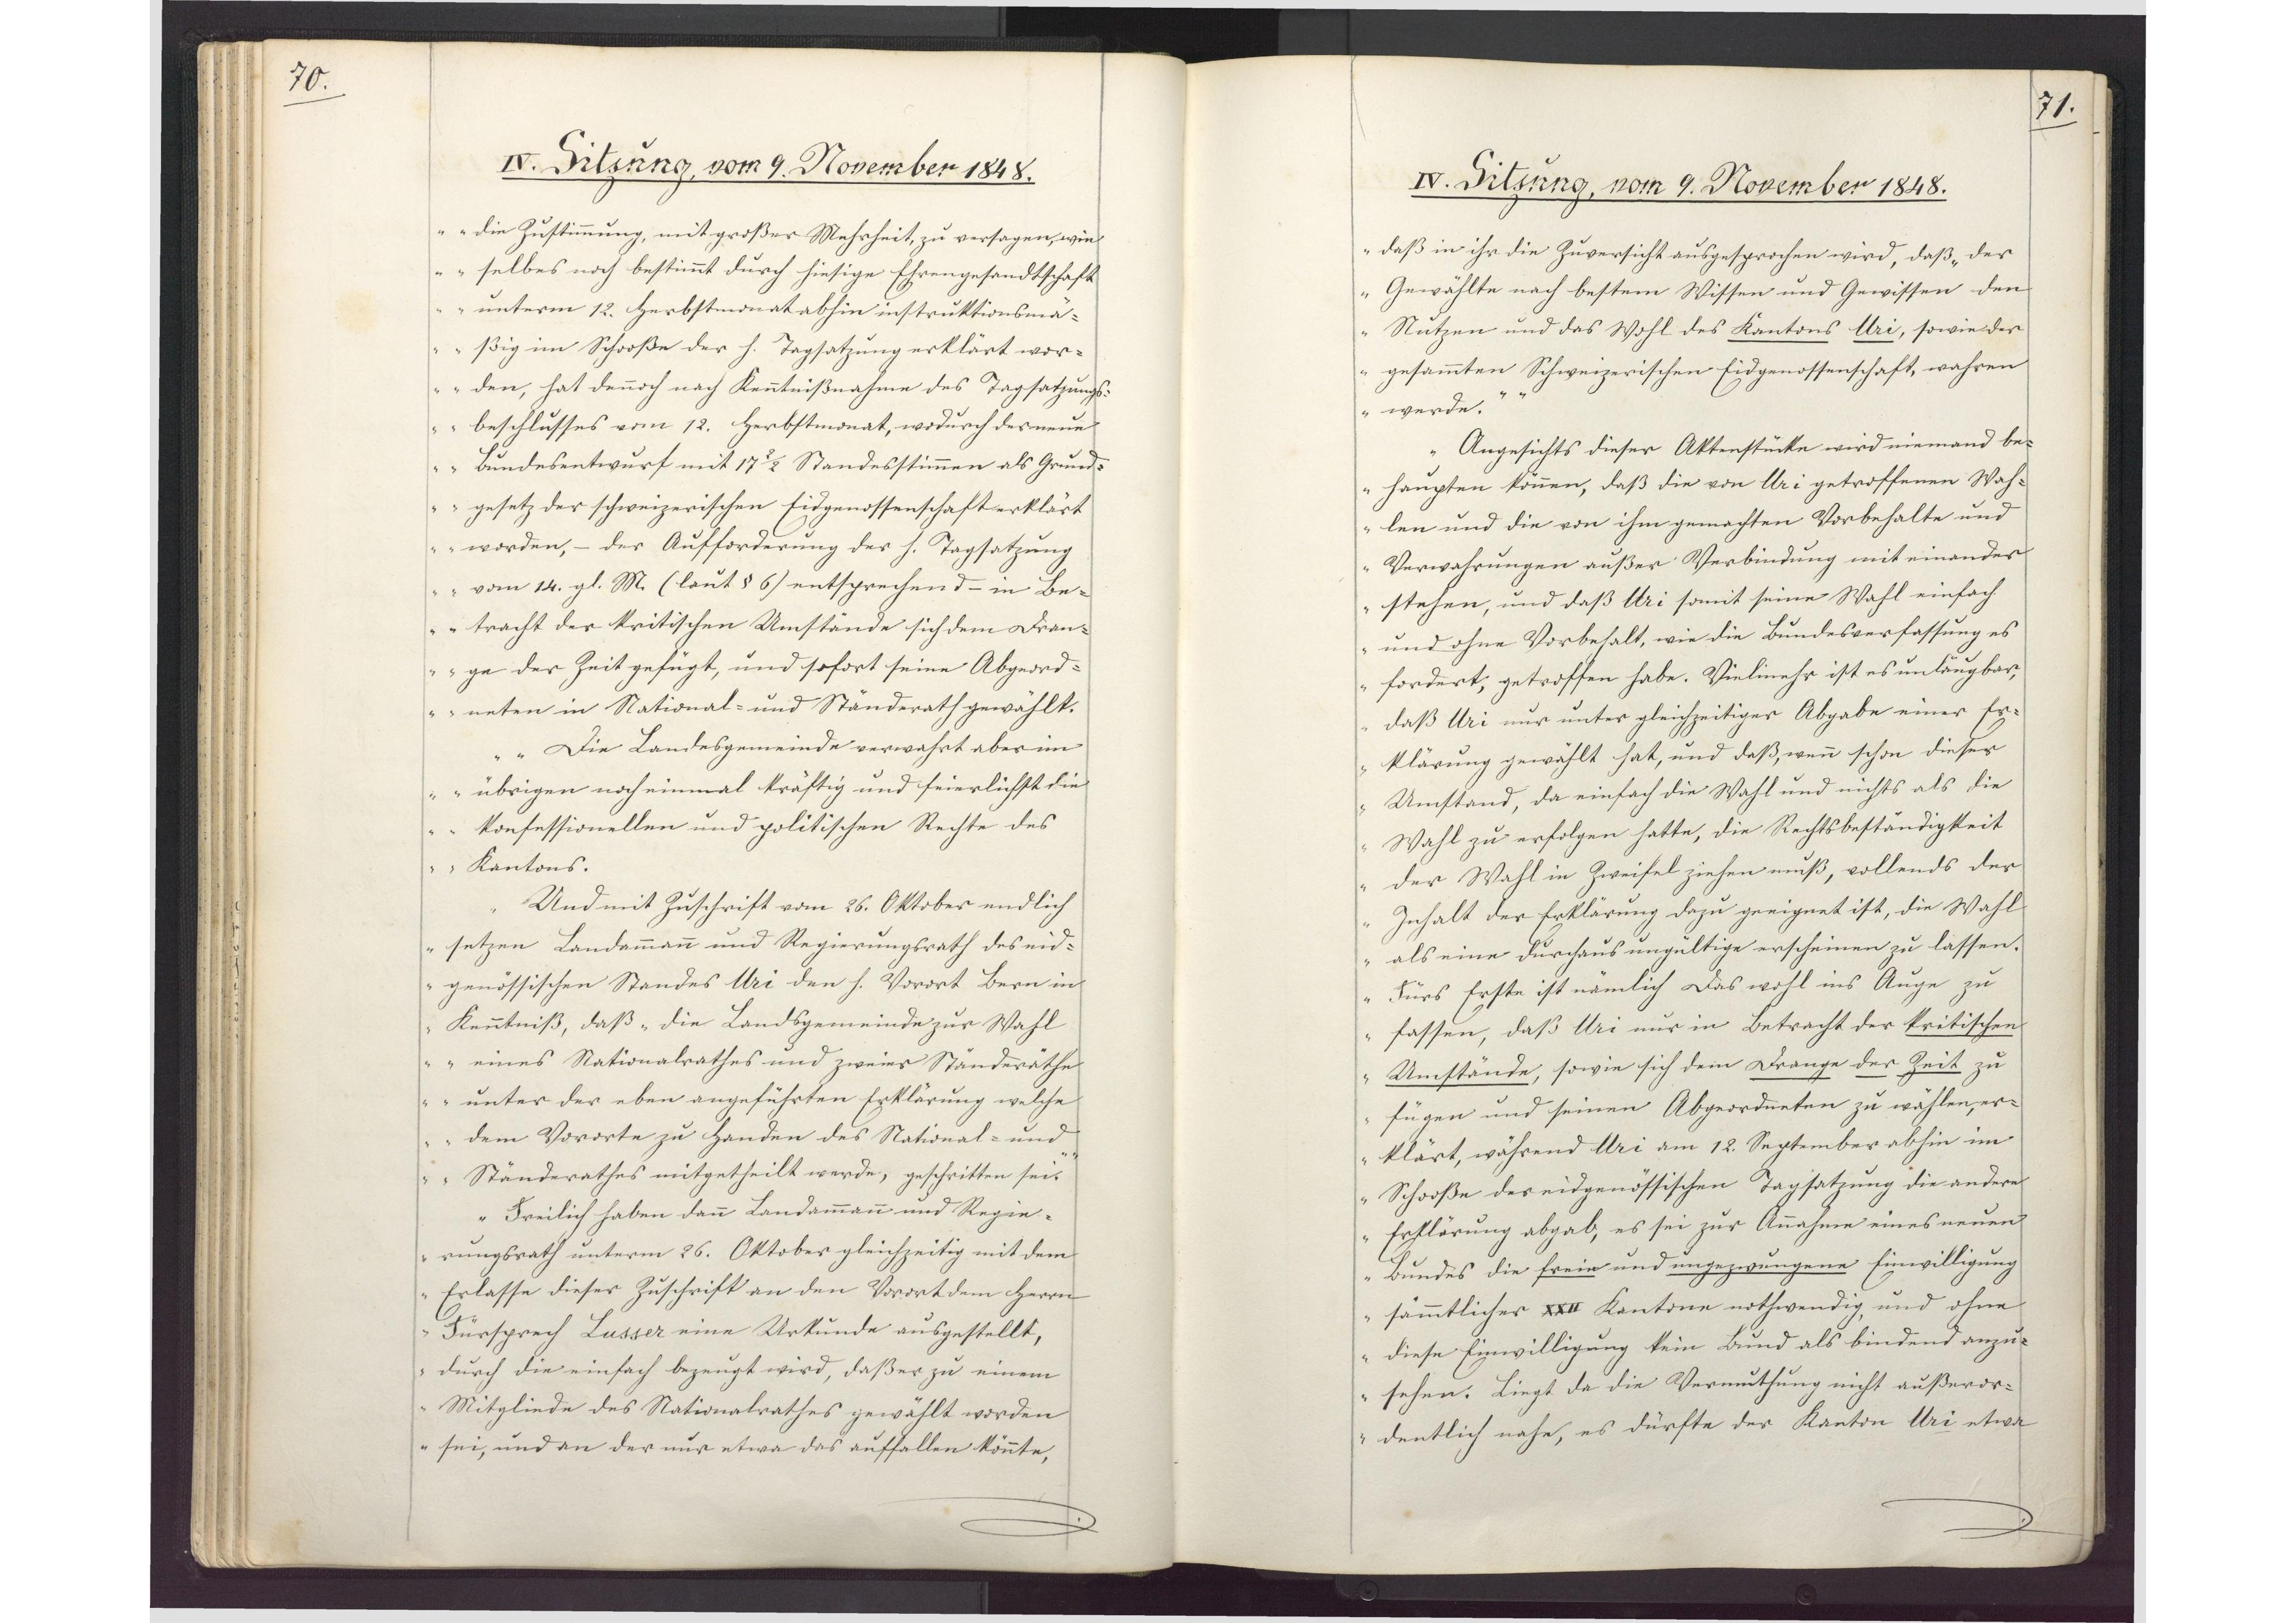
70.

IV. Sitzung, vom 9. November 1848.

die Zustimmung, mit großer Mehrheit, zu versagen, wie
selbes noch bestimmt durch hiesige Ehrengesandtschaft
unterm 12. Herbstmonat abhin instruktionsmä¬
ßig im Schooße der h. Tagsatzung erklärt wor¬
den, hat dennoch nach Kenntnißnahme des Tagsatzungs¬
beschlusses vom 12. Herbstmonat, wodurch der neue
Bundesentwurf mit 17 2/2 Standesstimmen als Grund¬
gesetz der schweizerischen Eidgenossenschaft erklärt
worden, - der Aufforderung der h. Tagsatzung
vom 14. gl. M. (laut § 6) entsprechend - in Be¬
tracht der kritischen Umstände sich dem Dran¬
ge der Zeit gefügt, und sofort seine Abgeord¬
neten in National- und Ständerath gewählt.
Die Landesgemeinde verwahrt aber im
übrigen noch einmal kräftig und feierlichst die
konfessionellen und politischen Rechte des
Kantons."
Und mit Zuschrift vom 26. Oktober endlich
setzen Landammann und Regierungsrath des eid¬
genössischen Standes Uri den h. Vorort Bern in
Kenntniß, daß die Landsgemeinde zur Wahl
"eines Nationalrathes und zweier Ständeräthe
unter der eben angeführten Erklärung welche
dem Vororte zu Handen des National- und
Ständerathes mitgetheilt werde, geschritten sei."
Freilich haben dann Landamman und Regie¬
rungsrath unterm 26. Oktober gleichzeitig mit dem
Erlasse dieser Zuschrift an den Vorort dem Herrn
Fürsprech Lusser eine Urkunde ausgestellt,
durch die einfach bezeugt wird, daß er zu einem
Mitgliede des Nationalrathes gewählt worden
sei, und an der nur etwa das auffallen könnte,

71.

IV. Sitzung, vom 9. November 1848.

daß in ihr die Zuversicht ausgesprochen wird, daß "der
Gewählte nach bestem Wissen und Gewissen den
Nutzen und das Wohl des Kantons Uri, sowie der
gesammten Schweizerischen Eidgenossenschaft, wahren
werde."
Angesichts dieser Aktenstücke wird niemand be¬
haupten können, daß die von Uri getroffenen Wah¬
len und die von ihm gemachten Vorbehalte und
Verwahrungen außer Verbindung mit einander
stehen, und daß Uri somit seine Wahl einfach
und ohne Vorbehalt, wie die Bundesverfassung es
fordert, getroffen habe. Vielmehr ist es unleugbar,
daß Uri nur unter gleichzeitiger Abgabe einer Er¬
klärung gewählt hat, und daß, wenn schon dieser
Umstand da einfach die Wahl und nichts als die
Wahl zu erfolgen hatte, die Rechtsbeständigkeit
der Wahl in Zweifel ziehen muß, vollends der
Inhalt der Erklärung dazu geeignet ist, die Wahl
als eine durchaus ungültige erscheinen zu lassen.
Fürs Erste ist nämlich das wohl ins Auge zu
fassen, daß Uri nur in Betracht der kritischen
Umstände, sowie sich dem Drange der Zeit zu
fügen und seinen Abgeordneten zu wählen, er¬
klärt, während Uri am 12. September abhin im
Schooße der eidgenössischen Tagsatzung die andere
Erklärung abgab, es sei zur Annahme eines neuen
Bundes die freie und ungezwungene Einwilligung
sämtlicher XXII Kantone nothwendig, und ohne
diese Einwilligung kein Bund als bindend anzu¬
sehen. Liegt da die Vermuthung nicht außeror¬
dentlich nahe, es dürfte der Kanton Uri etwa